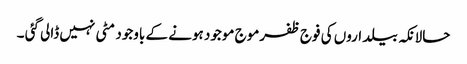
حالانکہ بیلداروں کی فوج ظفرموج موجود ہونے کے باوجود مٹی نہیں ڈالی گئی ۔